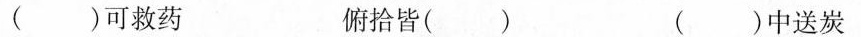
( )可救药 俯拾皆( ) ( )中送炭